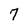
Character: 7